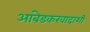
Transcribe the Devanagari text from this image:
आंबेडकरवादाशी